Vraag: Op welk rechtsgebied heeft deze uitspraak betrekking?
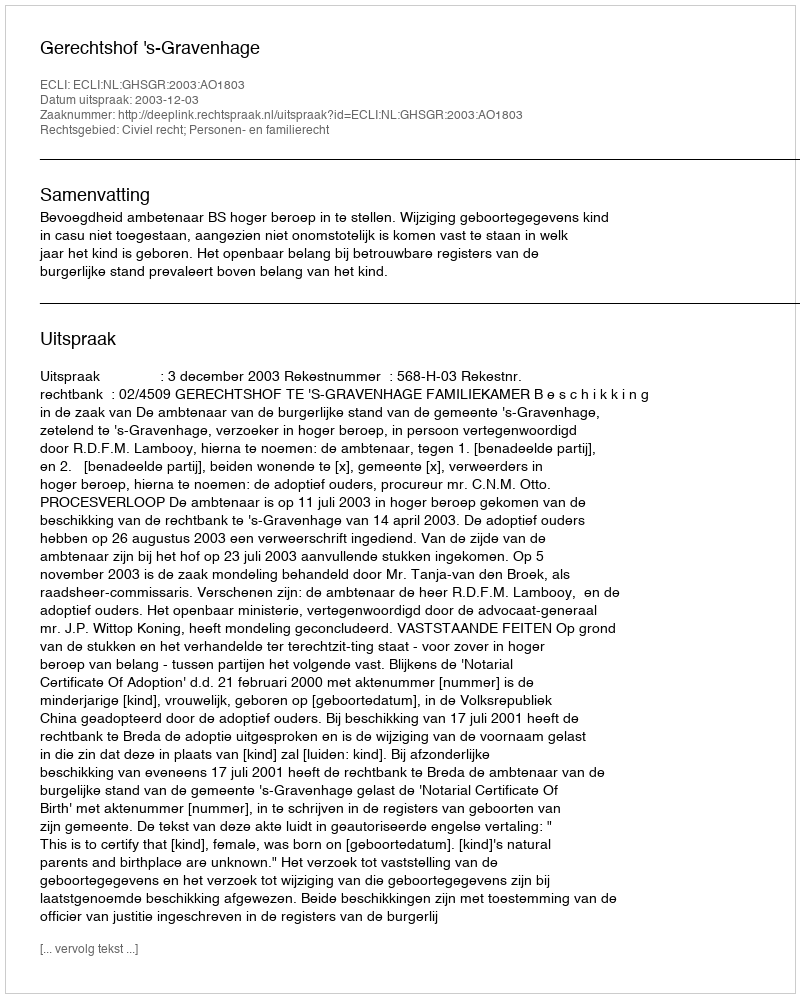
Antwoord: Civiel recht; Personen- en familierecht